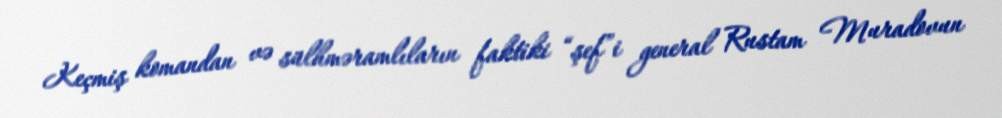
Keçmiş komandan və sülhməramlıların faktiki “şef”i general Rustam Muradovun